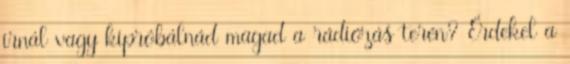
írnál vagy kipróbálnád magad a rádiózás terén? Érdekel a